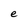
Character: e